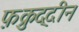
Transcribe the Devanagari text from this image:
फ़क्रुद्दीन